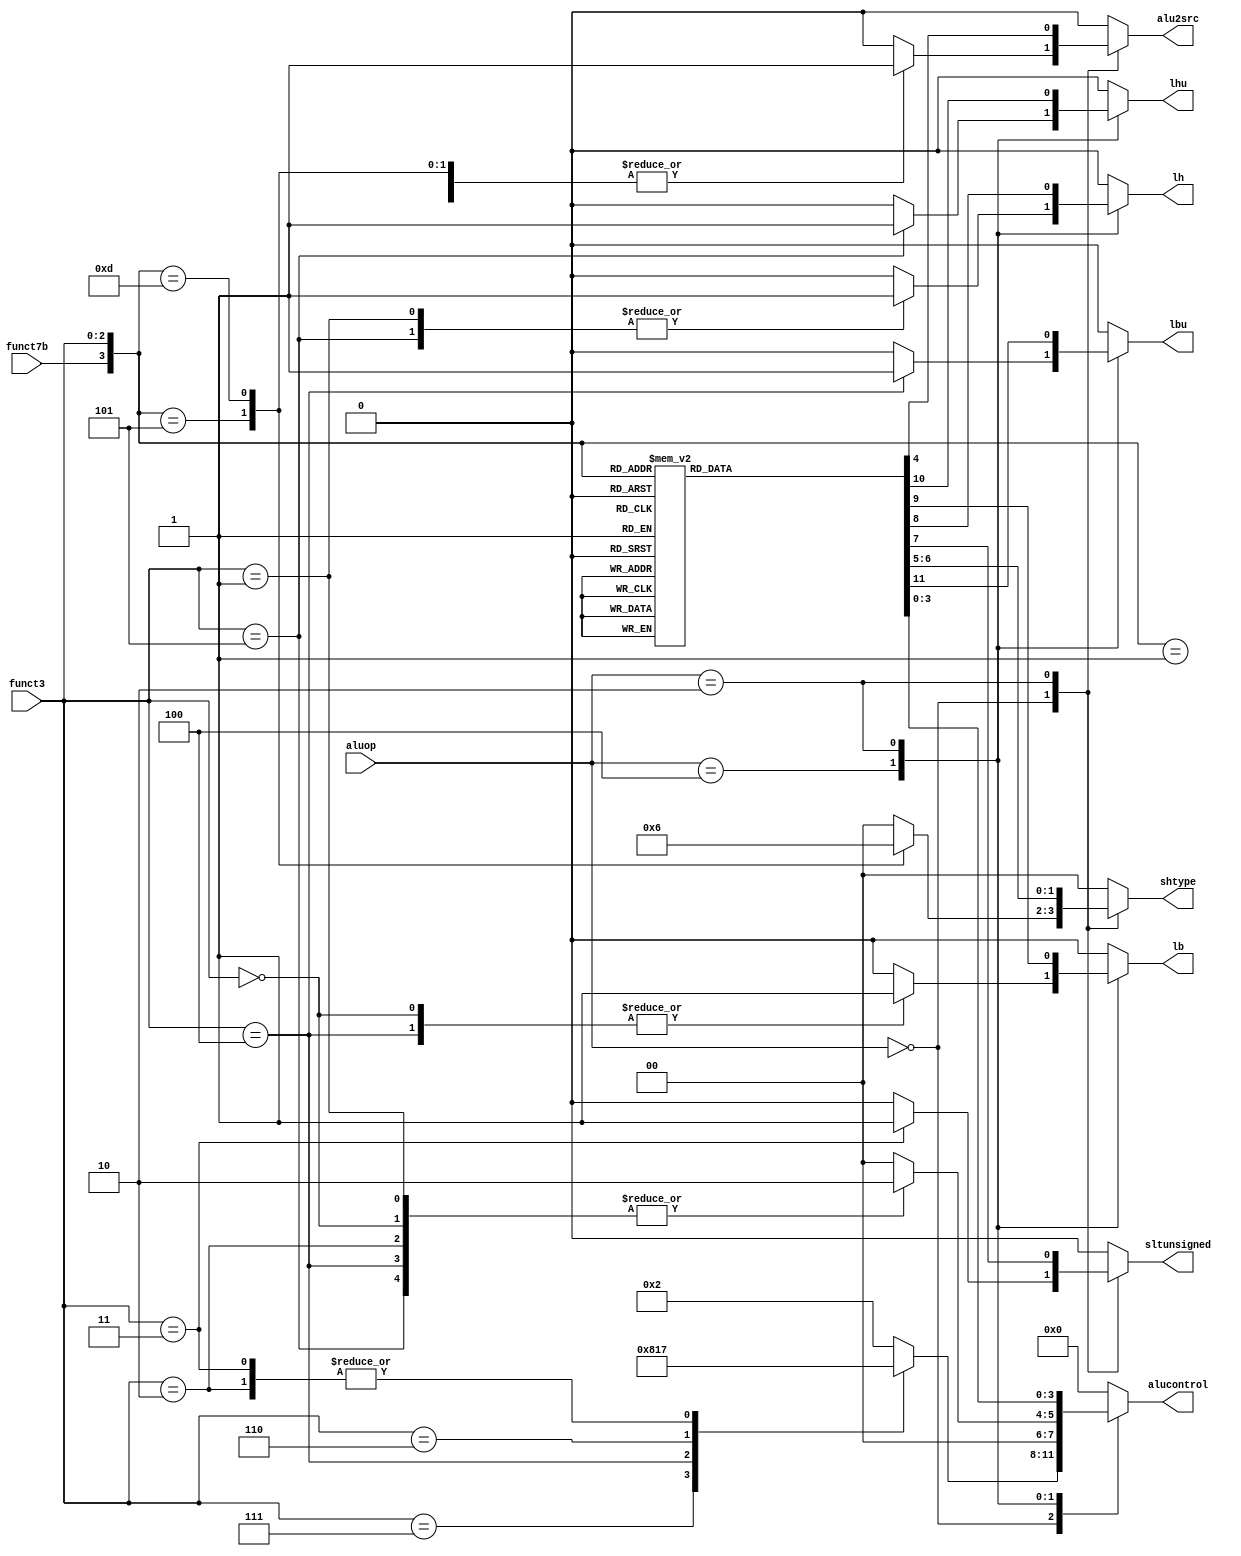
module aludec (input wire        funct7b,
         input wire [2:0]  funct3,
               input wire [2:0]  aluop,
               output reg [3:0] alucontrol,
         output reg [1:0] shtype,
         output reg     alu2src,
         output reg     sltunsigned,
         output reg     lh, lb, lhu, lbu);

   always@(*)
     case(aluop)
       3'b000:
         begin
            casex({funct7b, funct3})
              // slli
              4'b0001: 
    begin
       alucontrol <= 4'b0010; 
       shtype <= 2'b00;
       alu2src <= 1'b1;
       sltunsigned <= 1'b0;
       lh <= 1'b0;
       lb <= 1'b0;
       lhu <= 1'b0;
       lbu <= 1'b0;      
    end
              // srli
              4'b0101:
    begin
       alucontrol <= 4'b0010; 
       shtype <= 2'b01;
       alu2src <= 1'b1;
       sltunsigned <= 1'b0;
       lh <= 1'b0;
       lb <= 1'b0;
       lhu <= 1'b0;
       lbu <= 1'b0;            
    end
            // andi
              4'b?111:
    begin
                   alucontrol <= 4'b0000;
                   shtype <= 2'b00;
                   alu2src <= 1'b0;
       sltunsigned <= 1'b0;
       lh <= 1'b0;
       lb <= 1'b0;
       lhu <= 1'b0;
       lbu <= 1'b0;            
    end
              // xori
              4'b?100:
    begin
                   alucontrol <= 4'b1000;
                   shtype <= 2'b00;
                   alu2src <= 1'b0;
       sltunsigned <= 1'b0;
       lh <= 1'b0;
       lb <= 1'b0;
       lhu <= 1'b0;
       lbu <= 1'b0;            
    end       
              // ori
              4'b?110:
    begin
                   alucontrol <= 4'b0001;
                   shtype <= 2'b00;
                   alu2src <= 1'b0;
       sltunsigned <= 1'b0;
       lh <= 1'b0;
       lb <= 1'b0;
       lhu <= 1'b0;
       lbu <= 1'b0;            
    end
              //slti
              4'b?010:
    begin
                   alucontrol <= 4'b0111;
                   alu2src <= 1'b0;
                   shtype <= 2'b00;
                   sltunsigned <= 1'b0;
       lh <= 1'b0;
       lb <= 1'b0;
       lhu <= 1'b0;
       lbu <= 1'b0;            
    end
              // srai
              4'b1101:
    begin
                   alucontrol <= 4'b0010;
                   shtype <= 2'b10;
                   alu2src <= 1'b1;
       sltunsigned <= 1'b0;
       lh <= 1'b0;
       lb <= 1'b0;
       lhu <= 1'b0;
       lbu <= 1'b0;            
    end
              // sltiu
              4'b?011:
    begin
                   alucontrol <= 4'b0111;
                   alu2src <= 1'b0;
                   shtype <= 2'b00;
                   sltunsigned <= 1'b1;
       lh <= 1'b0;
       lb <= 1'b0;
       lhu <= 1'b0;
       lbu <= 1'b0;            
    end
        // Handle other immediates
              default: 
    begin
       alucontrol <= 4'b0010; 
       shtype <= 2'b00;
       alu2src <= 1'b0;
       sltunsigned <= 1'b0;
       lh <= 1'b0;
       lb <= 1'b0;
       lhu <= 1'b0;
       lbu <= 1'b0;            
    end       
            endcase // casex ({funct7b, funct3})      
         end
       // lw/sw
       3'b100:
   case(funct3)
     // lb/sb
     3'b000:
       begin
    alucontrol <= 4'b0010; 
    shtype <= 2'b00;
    alu2src <= 1'b0;
    sltunsigned <= 1'b0;
    lh <= 1'b0;
    lb <= 1'b1;
    lhu <= 1'b0;
    lbu <= 1'b0;            
       end // case: 3'b000
     // lh/sh
     3'b001: 
       begin
    alucontrol <= 4'b0010; 
    shtype <= 2'b00;
    alu2src <= 1'b0;
    sltunsigned <= 1'b0;
    lh <= 1'b1;
    lb <= 1'b0;
    lhu <= 1'b0;
    lbu <= 1'b0;            
       end   
     // lw/sw
     3'b010: 
       begin
    alucontrol <= 4'b0010; 
    shtype <= 2'b00;
    alu2src <= 1'b0;
    sltunsigned <= 1'b0;
    lh <= 1'b0;
    lb <= 1'b0;
    lhu <= 1'b0;
    lbu <= 1'b0;            
       end 
     // lbu/sbu
     3'b100: 
       begin
    alucontrol <= 4'b0010; 
    shtype <= 2'b00;
    alu2src <= 1'b0;
    sltunsigned <= 1'b0;
    lh <= 1'b0;
    lb <= 1'b1;
    lhu <= 1'b0;
    lbu <= 1'b1;            
       end 
     // lhu/shu
     3'b101: 
       begin
    alucontrol <= 4'b0010; 
    shtype <= 2'b00;
    alu2src <= 1'b0;
    sltunsigned <= 1'b0;
    lh <= 1'b1;
    lb <= 1'b0;
    lhu <= 1'b1;
    lbu <= 1'b0;            
       end 
     default:
       begin
    alucontrol <= 4'b0000; 
    shtype <= 2'b00;
    alu2src <= 1'b0;
    sltunsigned <= 1'b0;
    lh <= 1'b0;
    lb <= 1'b0;
    lhu <= 1'b0;
    lbu <= 1'b0;            
       end // case: default
   endcase    
       // R-type       
       3'b010:
   case({funct7b, funct3})
     // add
     4'b0000: 
       begin
          alucontrol <= 4'b0010;     
          alu2src <= 1'b0;
      shtype <= 2'b00;
    sltunsigned <= 1'b0;
    lh <= 1'b0;
    lb <= 1'b0;
    lhu <= 1'b0;
    lbu <= 1'b0;          
       end
     // sll
     4'b0001: 
       begin
          alucontrol <= 4'b0010;     
    alu2src <= 1'b1;
            shtype <= 2'b00;
    sltunsigned <= 1'b0;
    lh <= 1'b0;
    lb <= 1'b0;
    lhu <= 1'b0;
    lbu <= 1'b0;          
       end
     // xor
     4'b0100: 
       begin
          alucontrol <= 4'b1000;     
          alu2src <= 1'b0;
      shtype <= 2'b00;
    sltunsigned <= 1'b0;
    lh <= 1'b0;
    lb <= 1'b0;
    lhu <= 1'b0;
    lbu <= 1'b0;          
       end     
     // srl
     4'b0101: 
       begin
          alucontrol <= 4'b0010;     
          alu2src <= 1'b1;
            shtype <= 2'b01;
    sltunsigned <= 1'b0;
    lh <= 1'b0;
    lb <= 1'b0;
    lhu <= 1'b0;
    lbu <= 1'b0;          
       end
     // sra
     4'b1101: 
       begin
          alucontrol <= 4'b0010;     
          alu2src <= 1'b1;
            shtype <= 2'b10;
    sltunsigned <= 1'b0;
    lh <= 1'b0;
    lb <= 1'b0;
    lhu <= 1'b0;
    lbu <= 1'b0;          
       end
     // sub
     4'b1000:
       begin
          alucontrol <= 4'b0110;     
          alu2src <= 1'b0;
      shtype <= 2'b00;         
    sltunsigned <= 1'b0;
    lh <= 1'b0;
    lb <= 1'b0;
    lhu <= 1'b0;
    lbu <= 1'b0;          
       end
     // and
     4'b0111:
       begin
          alucontrol <= 4'b0000;     
          alu2src <= 1'b0;
            shtype <= 2'b00;         
    sltunsigned <= 1'b0;
    lh <= 1'b0;
    lb <= 1'b0;
    lhu <= 1'b0;
    lbu <= 1'b0;          
       end
     // or
     4'b0110: 
       begin
          alucontrol <= 4'b0001;     
          alu2src <= 1'b0;
            shtype <= 2'b00;         
    sltunsigned <= 1'b0;
    lh <= 1'b0;
    lb <= 1'b0;
    lhu <= 1'b0;
    lbu <= 1'b0;          
       end
     // slt
     4'b0010:
       begin
          alucontrol <= 4'b0111;     
          alu2src <= 1'b0;
            shtype <= 2'b00;         
    sltunsigned <= 1'b0;
    lh <= 1'b0;
    lb <= 1'b0;
    lhu <= 1'b0;
    lbu <= 1'b0;          
       end
     // sltu
     4'b0011:
       begin
          alucontrol <= 4'b0111;     
          alu2src <= 1'b0;
            shtype <= 2'b00;         
    sltunsigned <= 1'b1;
    lh <= 1'b0;
    lb <= 1'b0;
    lhu <= 1'b0;
    lbu <= 1'b0;          
       end
     // ???
     default:
       begin
          alucontrol <= 4'b0000;     
          alu2src <= 1'b0;
          shtype <= 2'b00;
    sltunsigned <= 1'b0;
    lh <= 1'b0;
    lb <= 1'b0;
    lhu <= 1'b0;
    lbu <= 1'b0;          
       end
   endcase // case ({funct7b, funct3})
       // ???
       default:
   begin
      alucontrol <= 4'b0000;     
      alu2src <= 1'b0;
      shtype <= 2'b00;
      sltunsigned <= 1'b0;
      lh <= 1'b0;
      lb <= 1'b0;
      lhu <= 1'b0;
      lbu <= 1'b0;            
   end       
     endcase // case (aluop)

endmodule